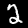
Digit: 2